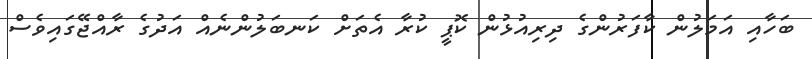
ބަހާއި އަމަލުން ކާފަރުންގެ ދިރިއުޅުން ކޮޕީ ކުރާ އެތަށް ކަނބަލުންނެއް އަދުގެ ރާއްޖޭގައިވެސް